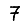
Digit: 7